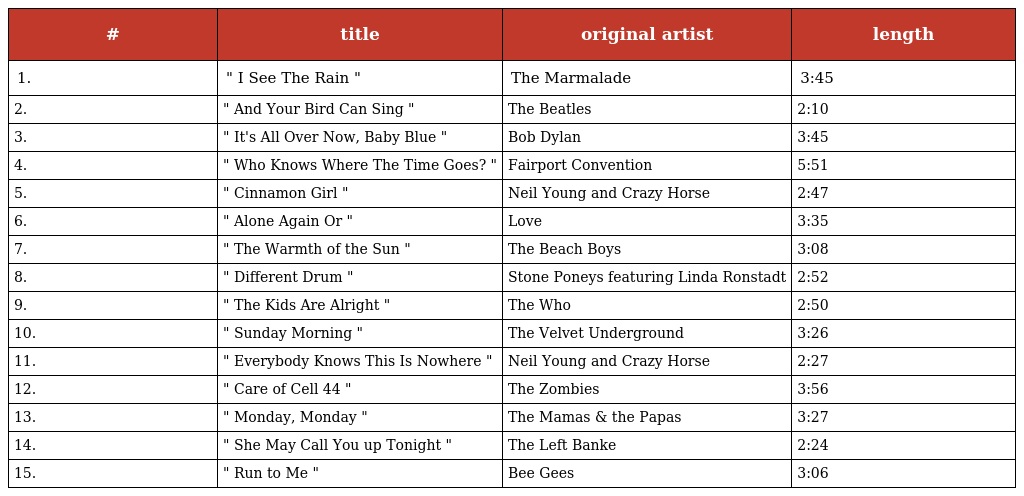
| # | title | original artist | length |
 | --- | --- | --- | --- |
 | 1. | " I See The Rain " | The Marmalade | 3:45 |
 | 2. | " And Your Bird Can Sing " | The Beatles | 2:10 |
 | 3. | " It's All Over Now, Baby Blue " | Bob Dylan | 3:45 |
 | 4. | " Who Knows Where The Time Goes? " | Fairport Convention | 5:51 |
 | 5. | " Cinnamon Girl " | Neil Young and Crazy Horse | 2:47 |
 | 6. | " Alone Again Or " | Love | 3:35 |
 | 7. | " The Warmth of the Sun " | The Beach Boys | 3:08 |
 | 8. | " Different Drum " | Stone Poneys featuring Linda Ronstadt | 2:52 |
 | 9. | " The Kids Are Alright " | The Who | 2:50 |
 | 10. | " Sunday Morning " | The Velvet Underground | 3:26 |
 | 11. | " Everybody Knows This Is Nowhere " | Neil Young and Crazy Horse | 2:27 |
 | 12. | " Care of Cell 44 " | The Zombies | 3:56 |
 | 13. | " Monday, Monday " | The Mamas & the Papas | 3:27 |
 | 14. | " She May Call You up Tonight " | The Left Banke | 2:24 |
 | 15. | " Run to Me " | Bee Gees | 3:06 |